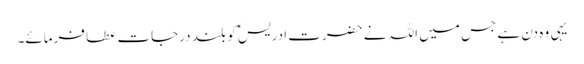
یہی وہ دن ہے جس میں اللہ نے حضرت ادریسؑ کو بلند درجات عطا فرمائے۔